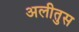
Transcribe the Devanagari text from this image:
अलीतुस